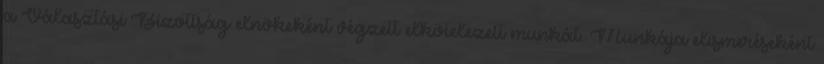
a Választási Bizottság elnökeként végzett elkötelezett munkát. Munkája elismeréseként